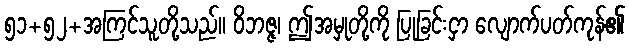
၅၁+၅၂+အကြင်သူတို့သည်။ ဝိဘဇ္ဇ၊ ဤအမှုတို့ကို ပြုခြင်းငှာ လျောက်ပတ်ကုန်၏